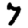
Digit: 7